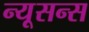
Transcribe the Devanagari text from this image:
न्यूसन्स